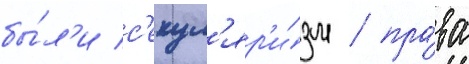
бы́л'и с'екул'яр'и́зм / пра́ва